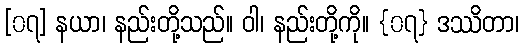
[၀၇] နယာ၊ နည်းတို့သည်။ ဝါ၊ နည်းတို့ကို။ {၀၇} ဒဿိတာ၊